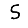
Digit: 5